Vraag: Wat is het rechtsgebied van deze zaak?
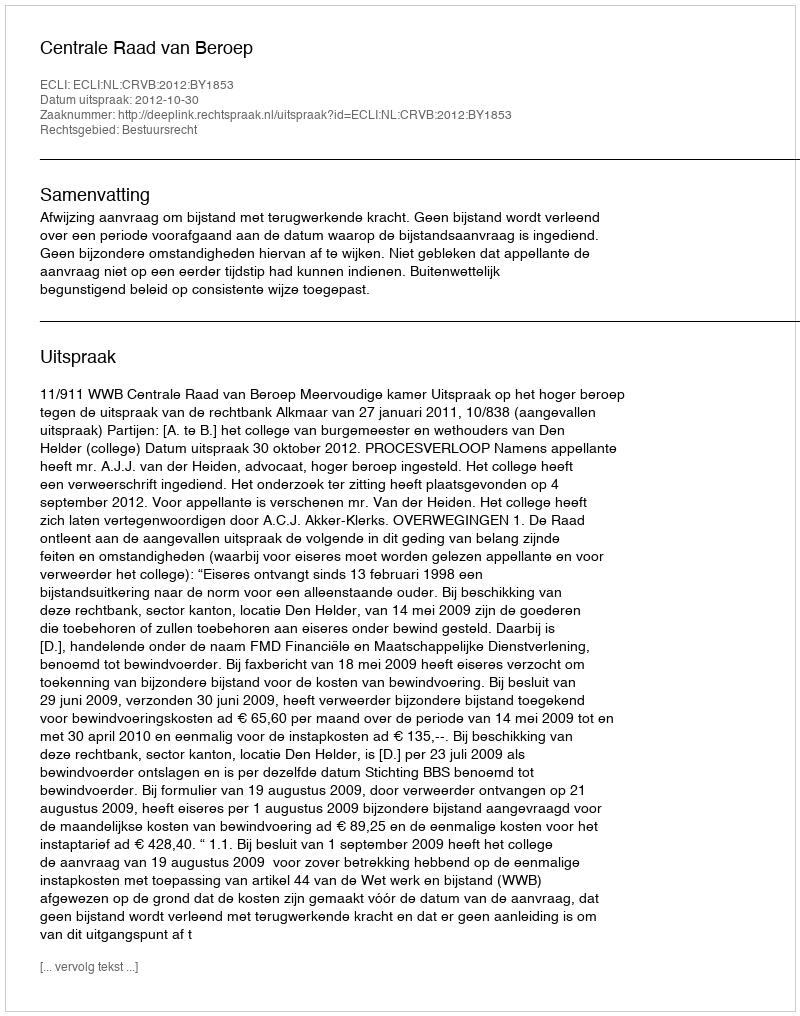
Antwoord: Bestuursrecht